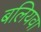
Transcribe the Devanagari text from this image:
बलियवा